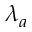
\lambda _ { a }